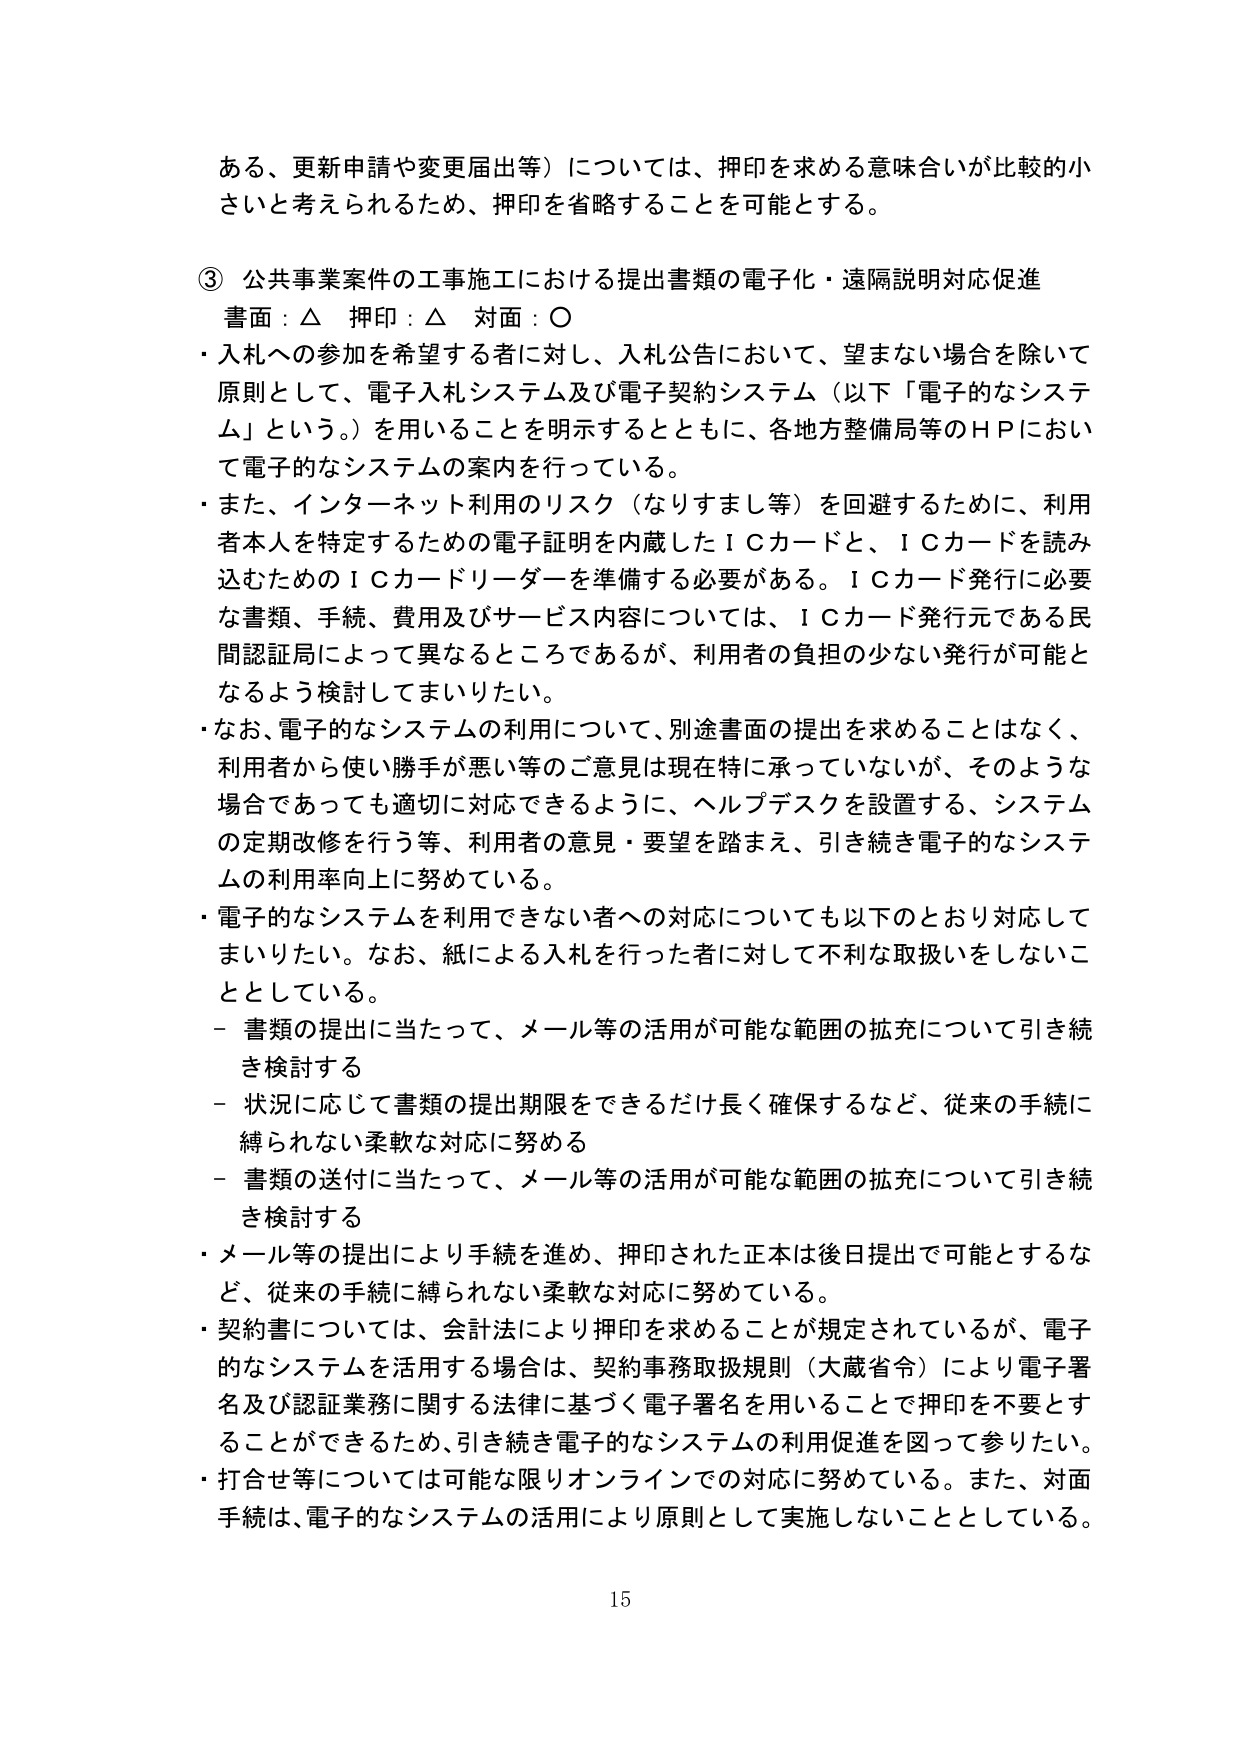
ある、更新申請や変更届出等）については、押印を求める意味合いが比較的小さいと考えられるため、押印を省略することを可能とする。

③ 公共事業案件の工事施工における提出書類の電子化・遠隔説明対応促進
書面：△ 押印：△ 対面：○
・入札への参加を希望する者に対し、入札公告において、望まない場合を除いて原則として、電子入札システム及び電子契約システム（以下「電子的なシステム」という。）を用いることを明示するとともに、各地方整備局等のＨＰにおいて電子的なシステムの案内を行っている。
・また、インターネット利用のリスク（なりすまし等）を回避するために、利用者本人を特定するための電子証明を内蔵したＩＣカードと、ＩＣカードを読み込むためのＩＣカードリーダーを準備する必要がある。ＩＣカード発行に必要な書類、手続、費用及びサービス内容については、ＩＣカード発行元である民間認証局によって異なるところであるが、利用者の負担の少ない発行が可能となるよう検討してまいりたい。
・なお、電子的なシステムの利用について、別途書面の提出を求めることはなく、利用者から使い勝手が悪い等のご意見は現在特に承っていないが、そのような場合であっても適切に対応できるように、ヘルプデスクを設置する、システムの定期改修を行う等、利用者の意見・要望を踏まえ、引き続き電子的なシステムの利用率向上に努めている。
・電子的なシステムを利用できない者への対応についても以下のとおり対応してまいりたい。なお、紙による入札を行った者に対して不利な取扱いをしないこととしている。
　－ 書類の提出に当たって、メール等の活用が可能な範囲の拡充について引き続き検討する
　－ 状況に応じて書類の提出期限をできるだけ長く確保するなど、従来の手続に縛られない柔軟な対応に努める
　－ 書類の送付に当たって、メール等の活用が可能な範囲の拡充について引き続き検討する
・メール等の提出により手続を進め、押印された正本は後日提出で可能とするなど、従来の手続に縛られない柔軟な対応に努めている。
・契約書については、会計法により押印を求めることが規定されているが、電子的なシステムを活用する場合は、契約事務取扱規則（大蔵省令）により電子署名及び認証業務に関する法律に基づく電子署名を用いることで押印を不要とすることができるため、引き続き電子的なシステムの利用促進を図って参りたい。
・打合せ等については可能な限りオンラインでの対応に努めている。また、対面手続は、電子的なシステムの活用により原則として実施しないこととしている。

15